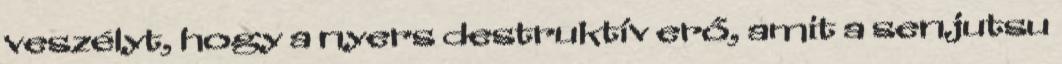
veszélyt, hogy a nyers destruktív erő, amit a senjutsu